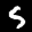
Label: 5